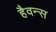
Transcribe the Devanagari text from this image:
हैवन्स